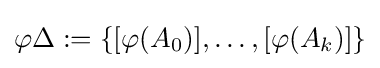
\varphi \Delta :=\{[\varphi (A_{0})],\dots ,[\varphi (A_{k})]\}